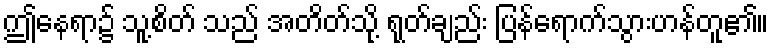
ဤနေရာ၌ သူ့စိတ် သည် အတိတ်သို့ ရုတ်ချည်း ပြန်ရောက်သွားဟန်တူ၏။